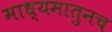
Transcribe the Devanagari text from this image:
माध्यमातुनच